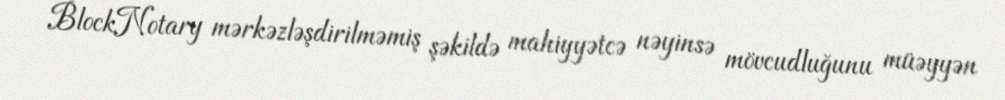
BlockNotary mərkəzləşdirilməmiş şəkildə mahiyyətcə nəyinsə mövcudluğunu müəyyən